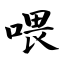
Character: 喂